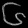
Digit: ၆